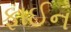
ફાઈન